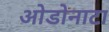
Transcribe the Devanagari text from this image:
ओडोनाटा